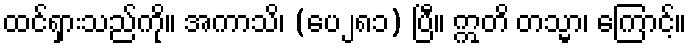
ထင်ရှားသည်ကို။ အကာသိ၊ (ပေ၂၈၁) ပြီ။ ဣတိ တသ္မာ၊ ကြောင့်။